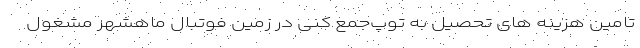
تامین هزینه های تحصیل به توپ‌جمع‌‌ کنی در زمین فوتبال ماهشهر مشغول